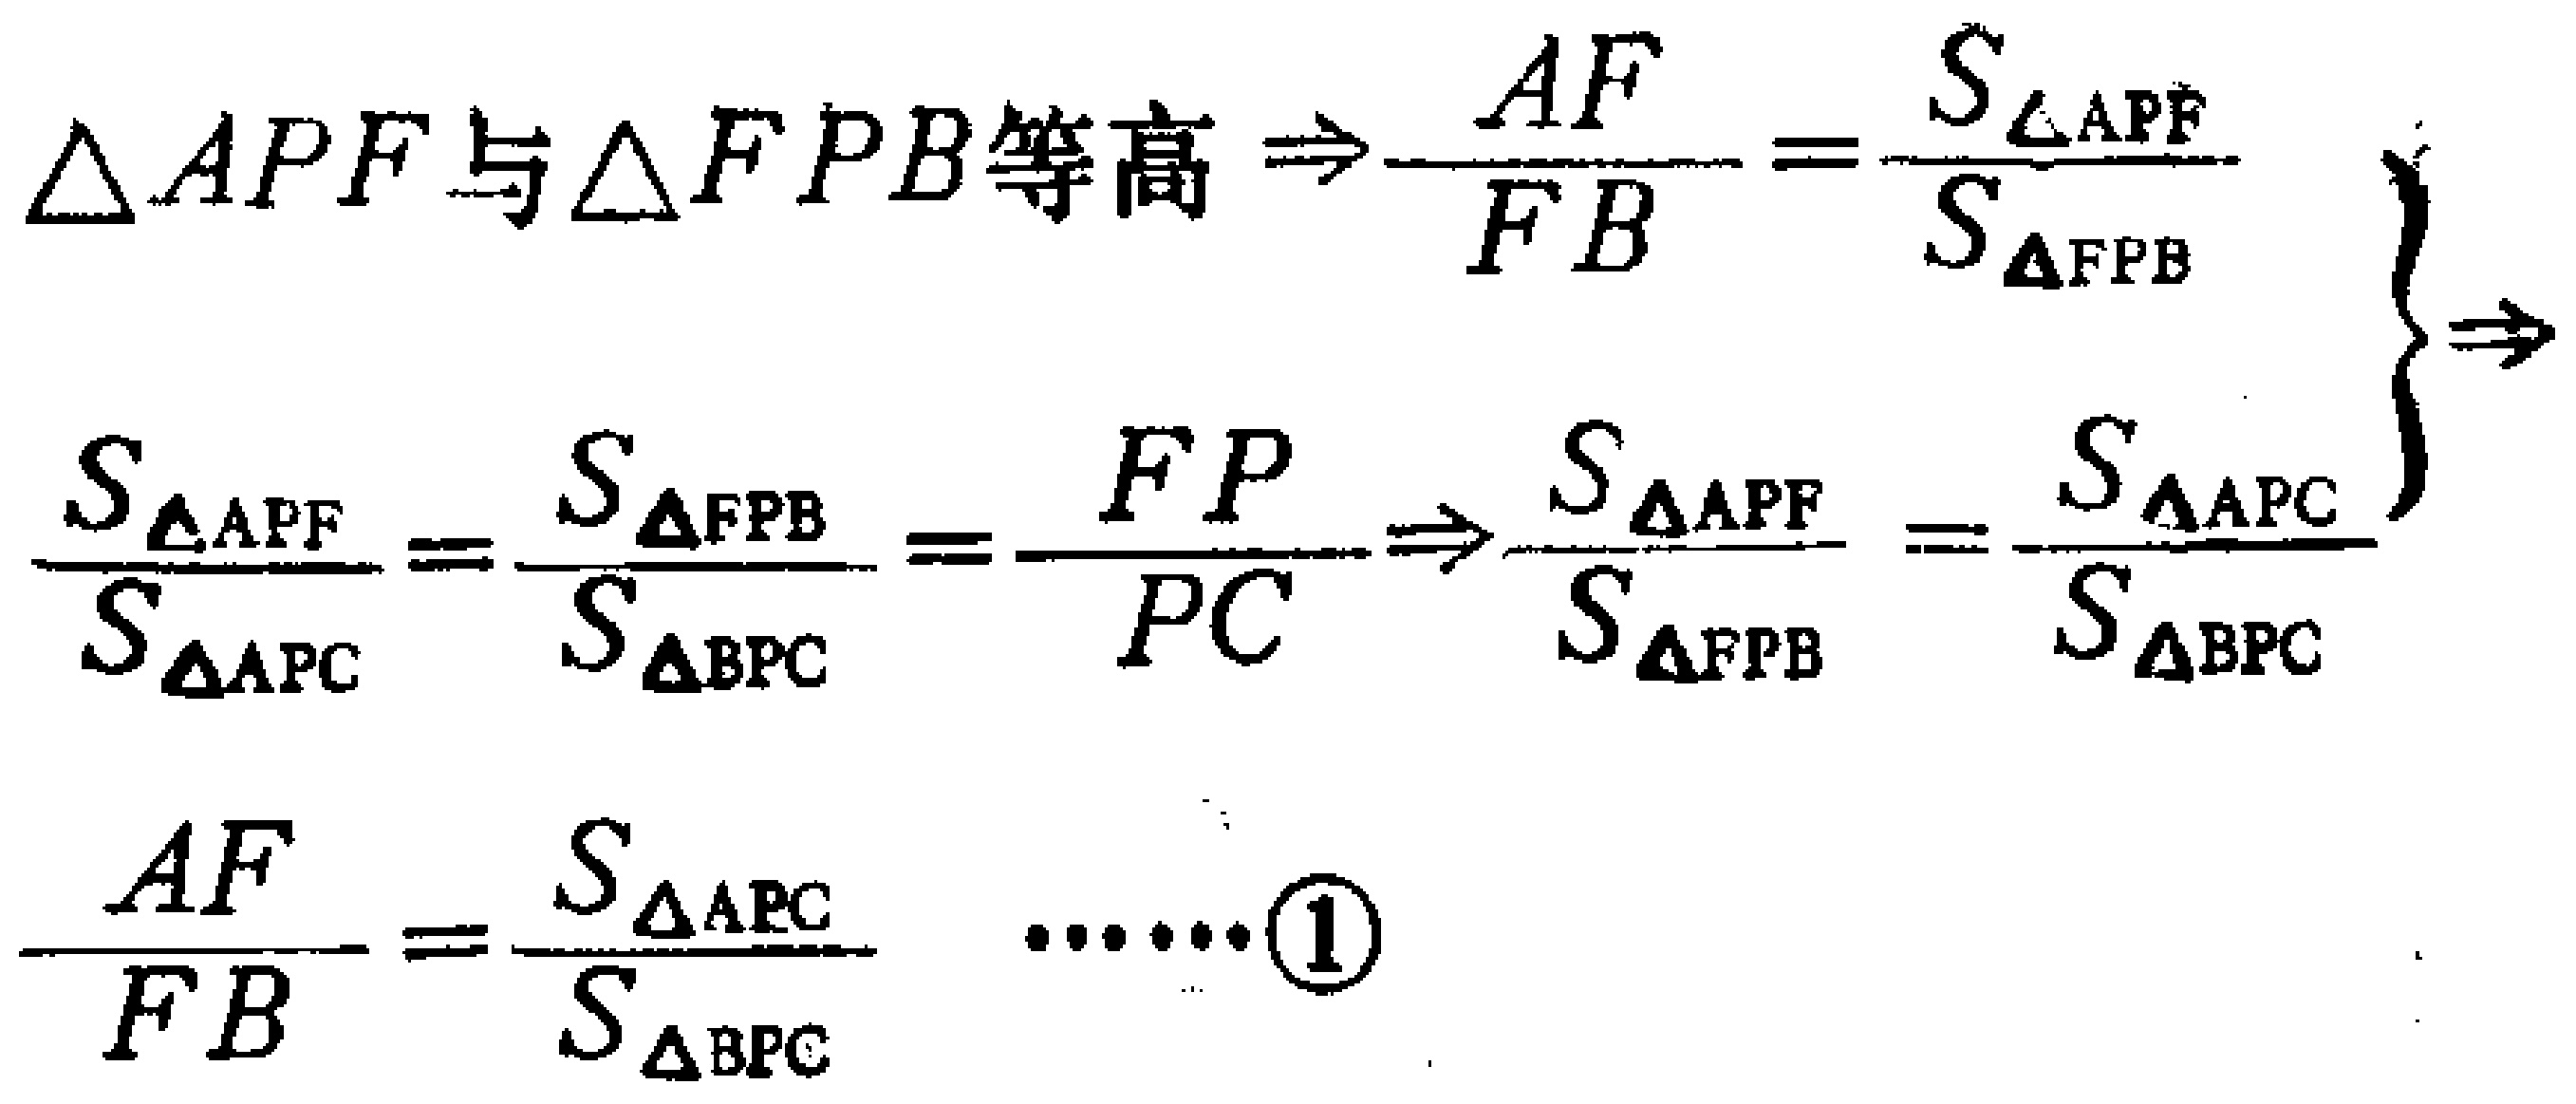
\[\begin{align*}
&\triangle APF\text{与}\triangle FPB\text{等高} \Rightarrow\frac{AF}{FB}=\frac{S_{\triangle APF}}{S_{\triangle FPB}}\\
&\left.\begin{array}{l}
\frac{S_{\triangle APF}}{S_{\triangle APC}}=\frac{S_{\triangle FPB}}{S_{\triangle BPC}}=\frac{FP}{PC}\Rightarrow\frac{S_{\triangle APF}}{S_{\triangle FPB}}=\frac{S_{\triangle APC}}{S_{\triangle BPC}}
\end{array}\right\}\Rightarrow\\
&\frac{AF}{FB}=\frac{S_{\triangle APC}}{S_{\triangle BPC}}\quad\cdots\cdots\textcircled{1}
\end{align*}\]